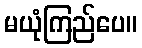
မယုံကြည်ပေ။